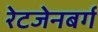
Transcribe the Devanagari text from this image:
रेटजेनबर्ग